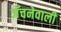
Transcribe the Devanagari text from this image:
जँचनेवाली